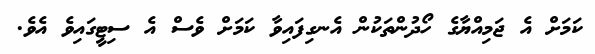
ކަމަށް އެ ޖަމިއްޔާގެ ހޯދުންތަކުން އެނގިފައިވާ ކަމަށް ވެސް އެ ސިޓީގައިވެ އެވެ.